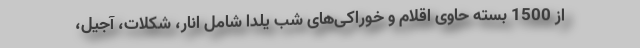
از 1500 بسته حاوی اقلام و خوراکی‌های شب یلدا شامل انار، شکلات، آجیل،